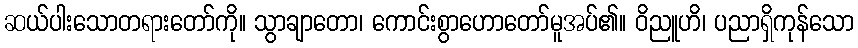
ဆယ်ပါးသောတရားတော်ကို။ သွာချာတော၊ ကောင်းစွာဟောတော်မူအပ်၏။ ဝိညူဟိ၊ ပညာရှိကုန်သော